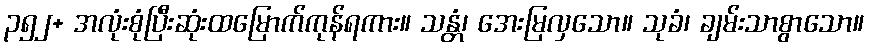
၃၅၂+ အလုံးစုံပြီးဆုံးထမြောက်ကုန်ရကား။ သန္တံ၊ အေးမြလှသော။ သုခံ၊ ချမ်းသာစွာသော။